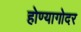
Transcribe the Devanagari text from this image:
होण्यागोदर